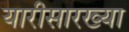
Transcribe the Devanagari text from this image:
यारीसारख्या